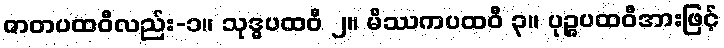
ဇာတပထဝီလည်း-၁။ သုဒ္ဓပထဝီ ၂။ မိဿကပထဝီ ၃။ ပုဉ္ဇပထဝီအားဖြင့်